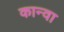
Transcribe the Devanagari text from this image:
कान्वा